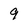
Character: 9